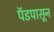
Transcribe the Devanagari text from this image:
पॅडपासून